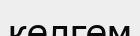
келгем